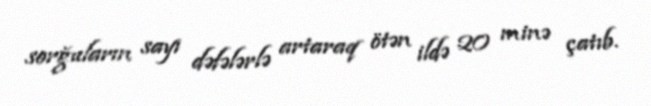
sorğuların sayı dəfələrlə artaraq ötən ildə 20 minə çatıb.